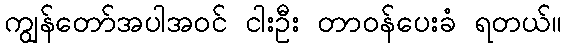
ကျွန်တော်အပါအဝင် ငါးဦး တာဝန်ပေးခံ ရတယ်။